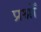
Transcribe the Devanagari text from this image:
प्रश्नोँ